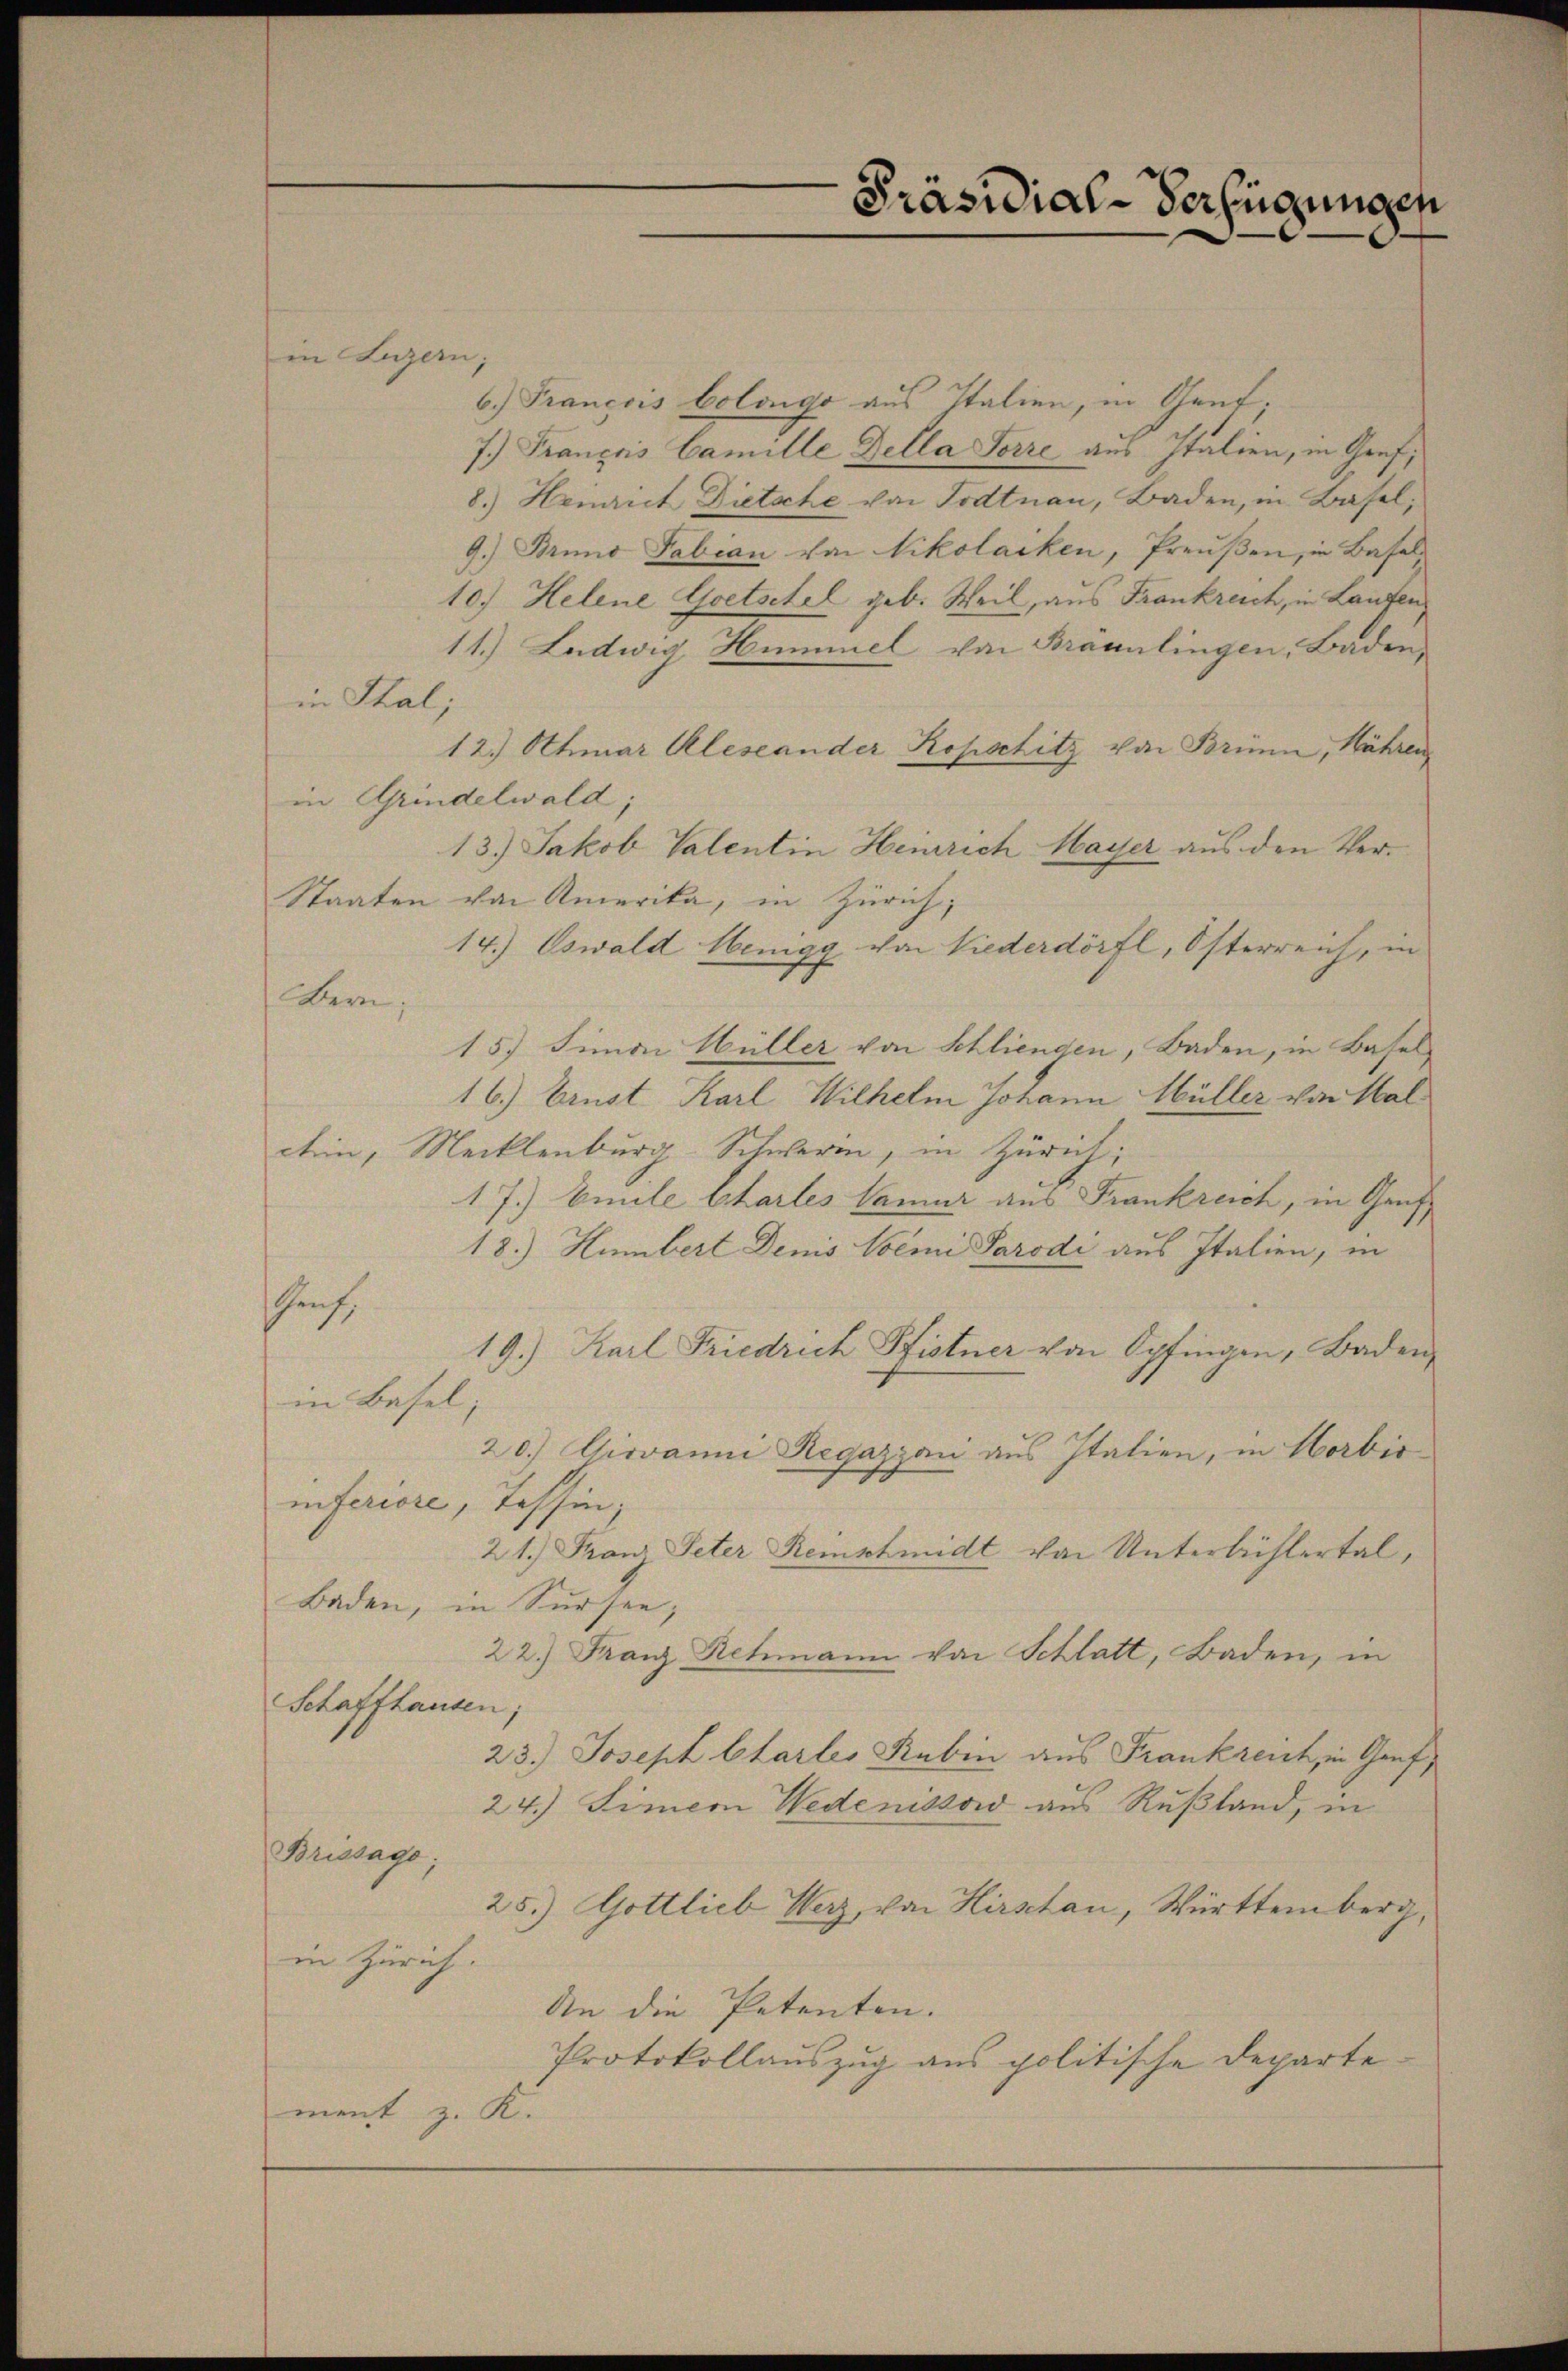
in Luzern;

Präsidial-Verfügungen

6.) François Colongo aus Italien, in Gent;
7.) Français Camille Della Porze aus Italien, in Graf,
8.) Heinrich Dietsche von Todtnau, Baden, in Basel;
9.) Bruno Fabian von Nikolacken, Preußen, in Basel¬
10.) Helene Goetschel geb. Weil, aus Frankreich, in Laufen
11.) Ludwig Hummel von Brännlingen, Baden,
in Thal;
12.) Othmar Aleseander Kopschitz von Brünn, Währen
in Grindelwald
13.) Jakob Valentin Heinrich Mayer aus den Ver¬
Staaten von Amerika, in Zürich,
14.) Oswald Wenigg von Niederdörfl, Österreich, in
Bern;
15) Simon Hüller von Schlienden, Baden, in Basel¬
16.) Ernst Karl Wilhelm Johann Müller von Hal
chin, Mecklenburg-Schweren, in Zürich;
17.) Emile Chartes Samar aus Frankreich, in Genf
18.) Humbert Denis Semi Parodi aus Italien, in
h
19.) Karl Friedrich Pfistner von Opfingen, Baden,
in Basel,
20.) Giovanni Regazzan aus Italien, in Horbir
inferiore, Tessin,
21.) Franz Peter Reinschmidt von Unterlichtertal,
Baden, in Sursee,
22.) Franz Rehmann von Schlatt, Baden, in
Schaffhausen;
23.) Joseph Chartes Rubin aus Frankreich, in Genf,
24.) Simeon Wedenissow aus Rußland, in
Brissage;
25.) Gottlieb Herz, von Hirschau, Württemberg,
in Zürich.
An die Petenten.
Protokollauszug aus politische Departe
ment z. K.